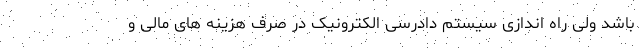
باشد ولی راه اندازی سیستم دادرسی الکترونیک در صرف هزینه های مالی و